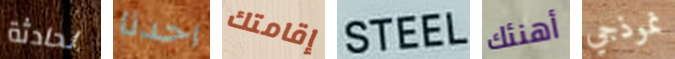
لحادثة احدنا إقامتك STEEL أهنئك نموذجي